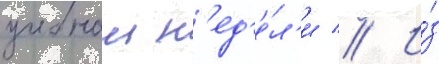
учебнои н'ед'е́л'и // И́з